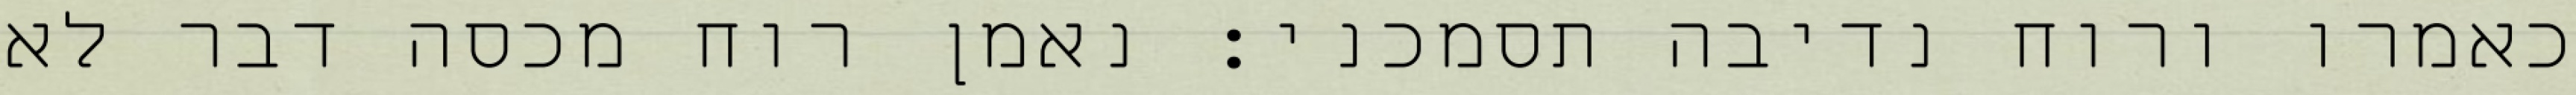
כאמרו ורוח נדיבה תסמכני: נאמן רוח מכסה דבר לא